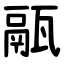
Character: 䰛